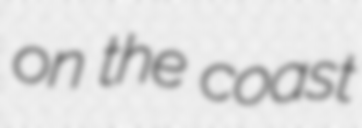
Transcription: on the coast